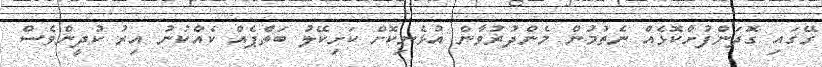
ގޭގައި ގޮދަންފުށްކޮޅެއް ނެތުމުން މެންދުރުވާން އުޅެނިކޮށް ކަށިކޭލު ބަތްޕެއް ކެއްކުނު އިރު ކުދީންވެސް